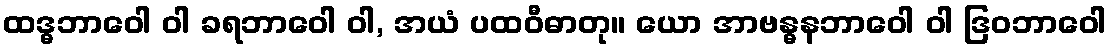
ထဒ္ဓဘာဝေါ ဝါ ခရဘာဝေါ ဝါ, အယံ ပထဝီဓာတု။ ယော အာဗန္ဓနဘာဝေါ ဝါ ဒြဝဘာဝေါ